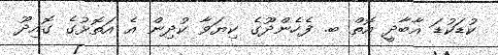
ކުޑަކުޑަ އާބާދީ އޮތް ބ. ފެހެންދޫގެ ކިޔަވާ ކުދިން އެ އަތޮޅުގެ ގޮއިދޫ